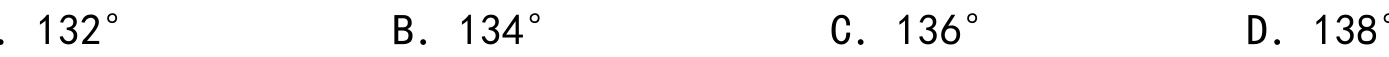
A. \(132^{\circ}\)  B. \(134^{\circ}\)  C. \(136^{\circ}\)  D. \(138^{\circ}\)